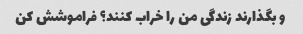
و بگذارند زندگی من را خراب کنند؟ فراموشش کن